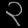
Digit: ၃